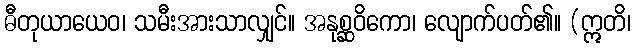
ဓီတုယာယေဝ၊ သမီးအားသာလျှင်။ အနုစ္ဆဝိကော၊ လျောက်ပတ်၏။ (ဣတိ၊